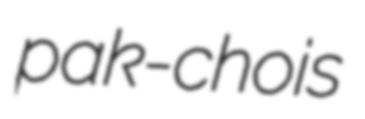
pak-chois